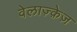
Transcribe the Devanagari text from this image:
वेलाज़्क़ेज़